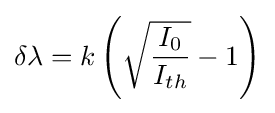
\delta \lambda =k\left({\sqrt {\frac {I_{0}}{I_{th}}}}-1\right)